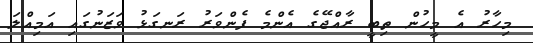
މިހާރު އެ މީހުން ތިބީ ރާއްޖޭގެ އެންމެ ފެންވަރު ރަނގަޅު ވަޒަނުގައި އަމިއްލަ